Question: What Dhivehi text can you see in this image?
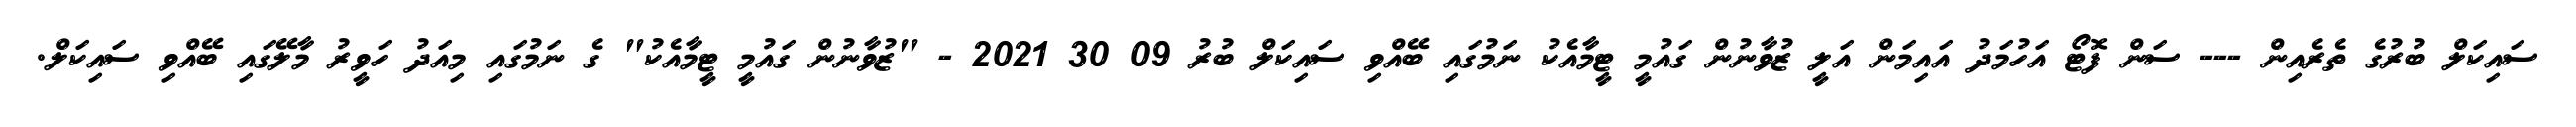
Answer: ސައިކަލް ބުރުގެ ތެރެއިން --- ސަން ފޮޓޯ އަހުމަދު އައިމަން އަލީ ޒުވާނުން ގައުމީ ޓީމާއެކު ނަމުގައި ބޭއްވި ސައިކަލް ބުރު 09 30 2021 - "ޒުވާނުން ގައުމީ ޓީމާއެކު" ގެ ނަމުގައި މިއަދު ހަވީރު މާލޭގައި ބޭއްވި ސައިކަލް.